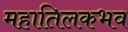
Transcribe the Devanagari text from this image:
महातिलकभव